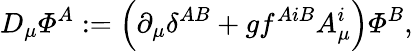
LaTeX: D_{\mu}{\mit\Phi}^{A}:=\left(\partial_{\mu}\delta^{AB}+gf^{AiB}A_{\mu}^{i}\right){\mit\Phi}^{B},